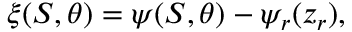
\xi ( S , \theta ) = \psi ( S , \theta ) - \psi _ { r } ( z _ { r } ) ,